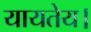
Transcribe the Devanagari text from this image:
यायतेय।